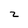
Character: z